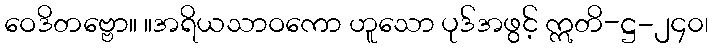
ဝေဒိတဗ္ဗော။ ။အရိယသာဝကော ဟူသော ပုဒ်အဖွင့် ဣတိ-ဋ္ဌ-၂၄၀၊